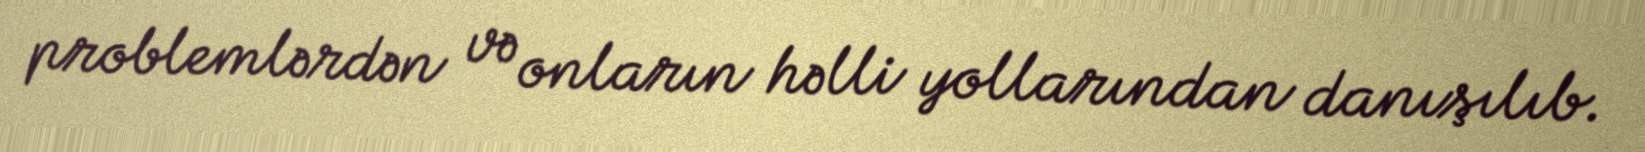
problemlərdən və onların həlli yollarından danışılıb.